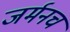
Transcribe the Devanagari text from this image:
जर्मनच